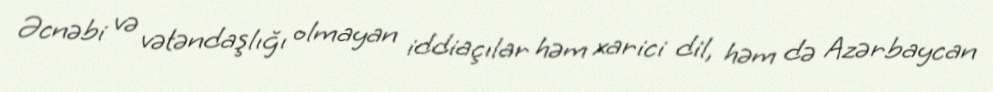
Əcnəbi və vətəndaşlığı olmayan iddiaçılar həm xarici dil, həm də Azərbaycan